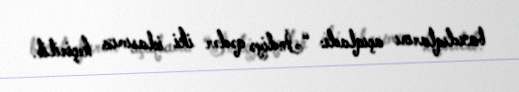
baxdıqlarını açıqladı: “İndiyə qədər iki iclasımız keçirilib.